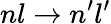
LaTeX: nl\rightarrow n^{\prime}l^{\prime}